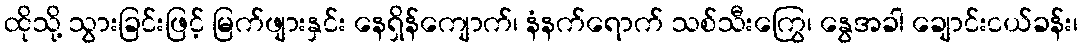
ထိုသို့ သွားခြင်းဖြင့် မြက်ဖျားနှင်း နေရှိန်ကျောက်၊ နံနက်ရောက် သစ်သီးကြွေ၊ နွေအခါ ချောင်းငယ်ခန်း၊